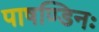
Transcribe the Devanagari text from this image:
पाषण्डिनः